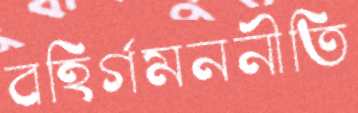
বহির্গমননীতি